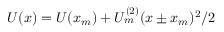
U ( x ) = U ( x _ { m } ) + U _ { m } ^ { ( 2 ) } ( x \pm x _ { m } ) ^ { 2 } / 2